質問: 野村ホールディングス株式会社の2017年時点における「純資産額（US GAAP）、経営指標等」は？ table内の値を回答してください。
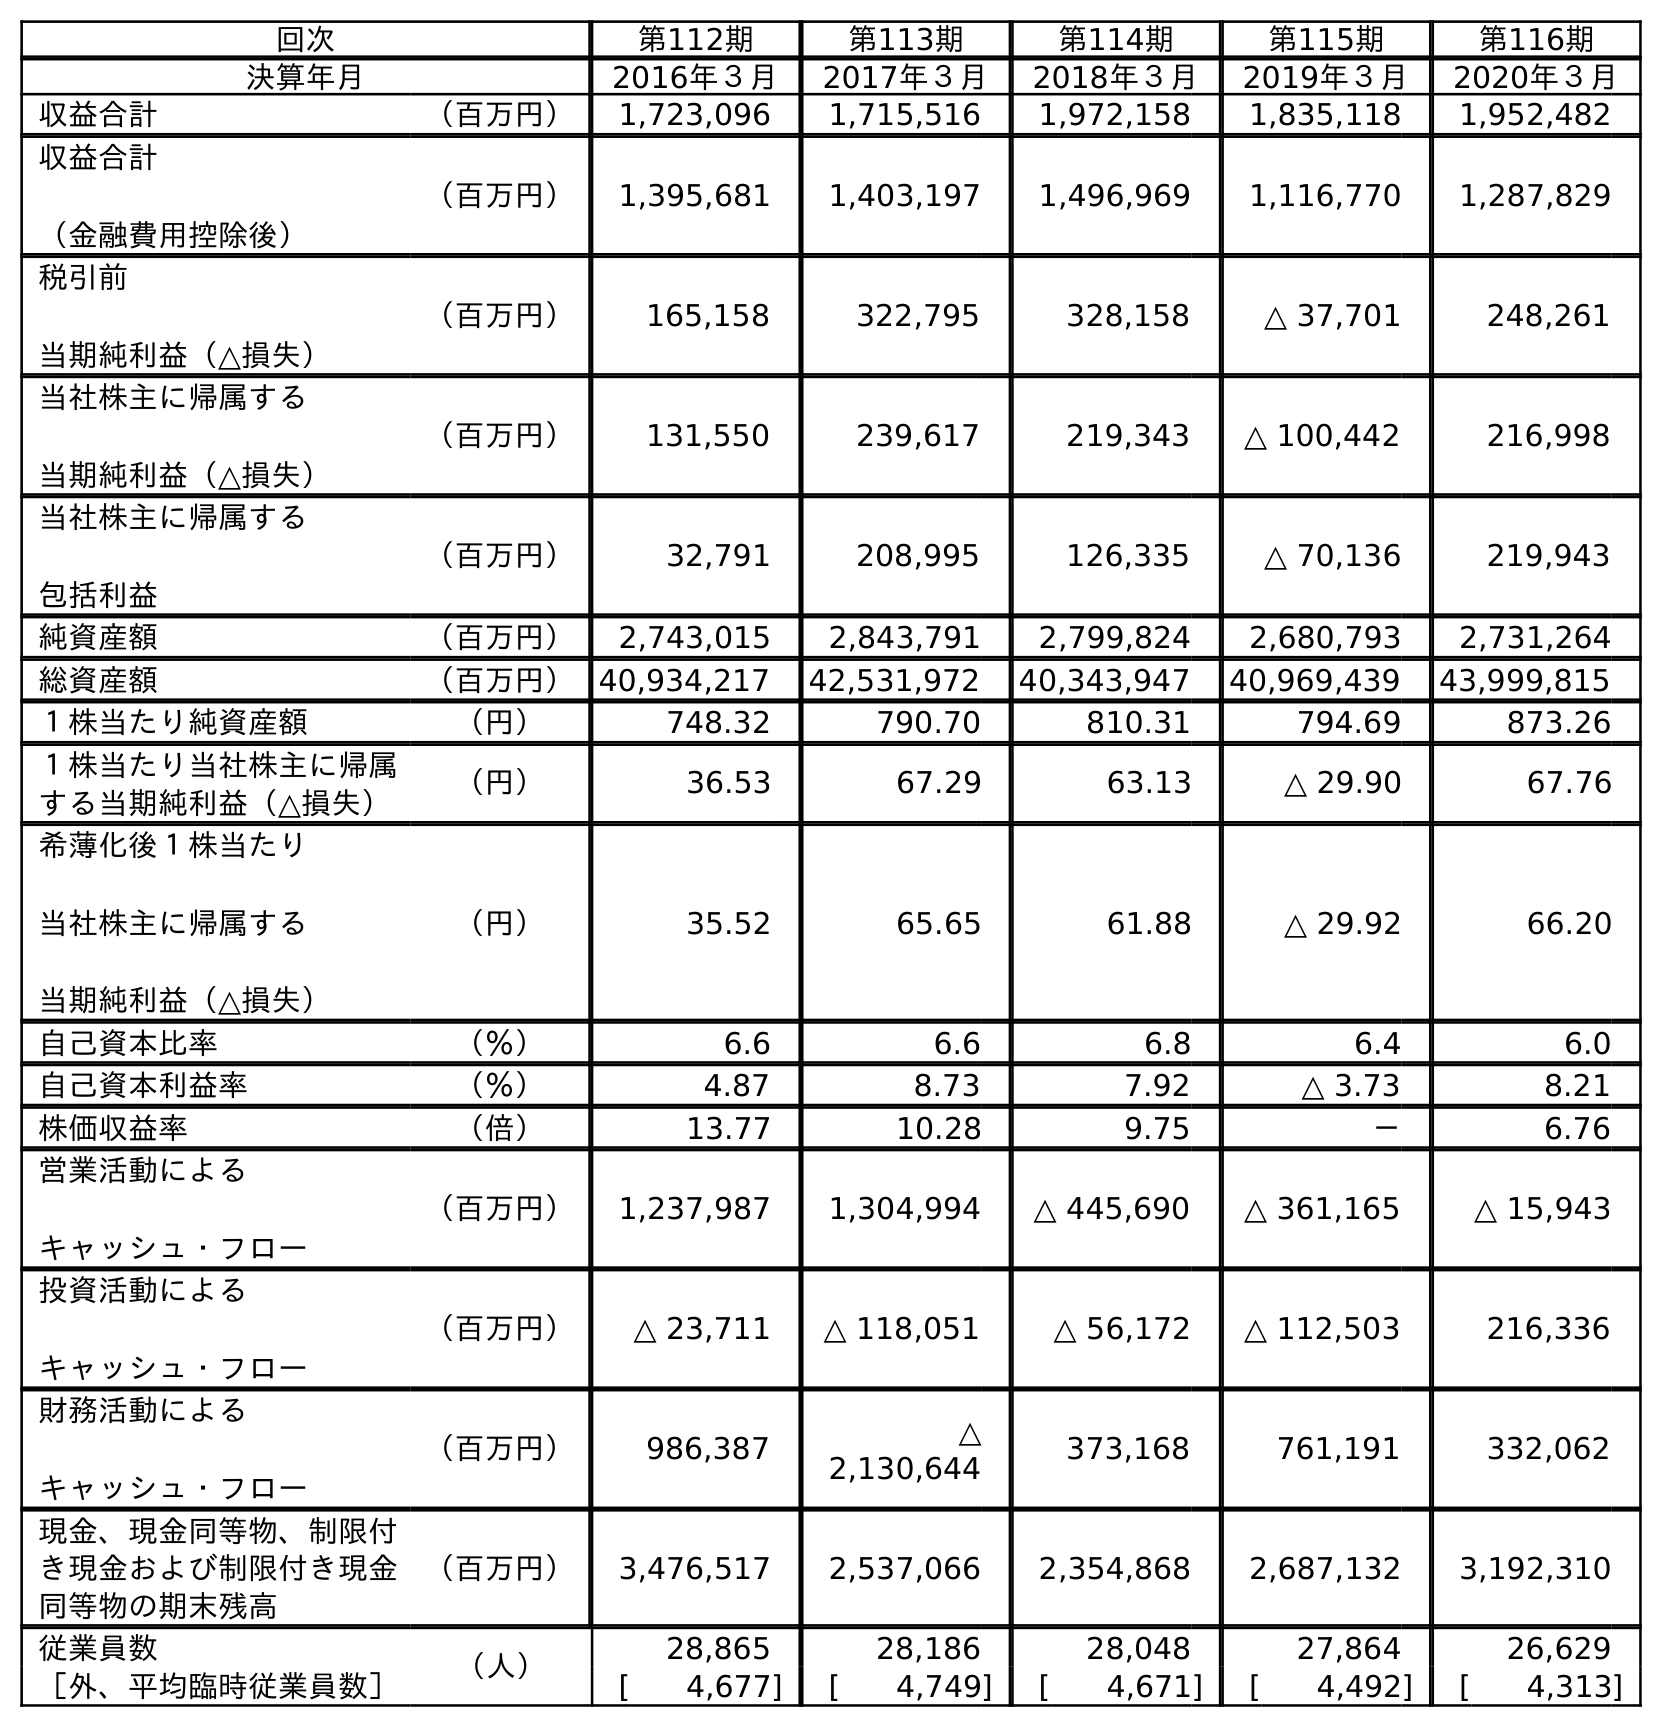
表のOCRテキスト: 回次 第112期 第113期 第114期 第115期 第116期 決算年月 2016年３月 2017年３月 2018年３月 2019年３月 2020年３月 収益合計 （百万円） 1,723,096 1,715,516 1,972,158 1,835,118 1,952,482 収益合計 （金融費用控除後） （百万円） 1,395,681 1,403,197 1,496,969 1,116,770 1,287,829 税引前 当期純利益（△損失） （百万円） 165,158 322,795 328,158 △ 37,701 248,261 当社株主に帰属する 当期純利益（△損失） （百万円） 131,550 239,617 219,343 △ 100,442 216,998 当社株主に帰属する 包括利益 （百万円） 32,791 208,995 126,335 △ 70,136 219,943 純資産額 （百万円） 2,743,015 2,843,791 2,799,824 2,680,793 2,731,264 総資産額 （百万円）40,934,217 42,531,972 40,343,947 40,969,439 43,999,815 １株当たり純資産額 （円） 748.32 790.70 810.31 794.69 873.26 １株当たり当社株主に帰属 する当期純利益（△損失） （円） 36.53 67.29 63.13 △ 29.90 67.76 希薄化後１株当たり 当社株主に帰属する 当期純利益（△損失） （円） 35.52 65.65 61.88 △ 29.92 66.20 自己資本比率 （％） 6.6 6.6 6.8 6.4 6.0 自己資本利益率 （％） 4.87 8.73 7.92 △ 3.73 8.21 株価収益率 （倍） 13.77 10.28 9.75 － 6.76 営業活動による キャッシュ・フロー （百万円） 1,237,987 1,304,994 △ 445,690 △ 361,165 △ 15,943 投資活動による キャッシュ・フロー （百万円） △ 23,711 △ 118,051 △ 56,172 △ 112,503 216,336 財務活動による キャッシュ・フロー （百万円） 986,387 △ 2,130,644 373,168 761,191 332,062 現金、現金同等物、制限付 き現金および制限付き現金 同等物の期末残高 （百万円） 3,476,517 2,537,066 2,354,868 2,687,132 3,192,310 従業員数 （人） 28,865 28,186 28,048 27,864 26,629 ［外、平均臨時従業員数］ [ 4,677] [ 4,749] [ 4,671] [ 4,492] [ 4,313]
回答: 2,843,791